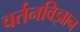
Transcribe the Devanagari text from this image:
वर्तनविज्ञान